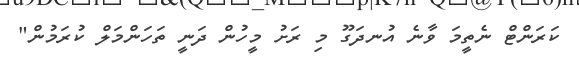
ކަރަންޓް ނެތީމަ ވާނެ އުނދަގޫ މި ރަށު މީހުން ދަނީ ތަހަންމަލް ކުރަމުން"